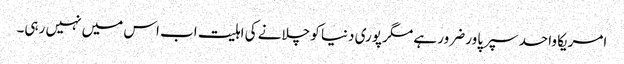
امریکا واحد سپر پاور ضرور ہے مگر پوری دنیا کو چلانے کی اہلیت اب اس میں نہیں رہی۔